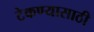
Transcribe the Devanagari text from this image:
टेकण्यासाठी